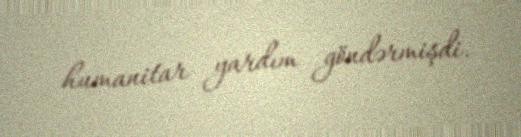
humanitar yardım göndərmişdi.